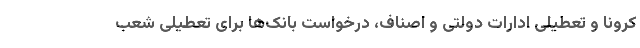
کرونا و تعطیلی ادارات دولتی و اصناف، درخواست بانک‌ها برای تعطیلی شعب